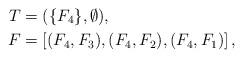
LaTeX: \begin{align*} T &= (\{F_4\},\emptyset), \\ F &= \left[(F_4,F_3),(F_4,F_2),(F_4,F_1)\right],\end{align*}